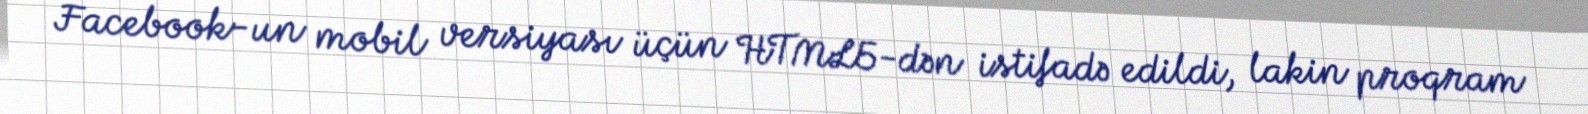
Facebook-un mobil versiyası üçün HTML5-dən istifadə edildi, lakin proqram